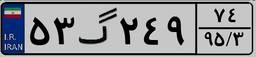
۴۹گ۴۴۹۵۴